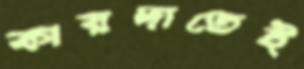
কায়দাতেই